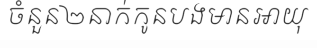
ចំនួន២នាក់កូនបងមានអាយុ